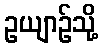
ဥယျာဉ်သို့